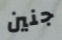
جنين